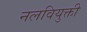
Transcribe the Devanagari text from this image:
नलवियुक्ती